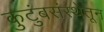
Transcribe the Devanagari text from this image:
कुटुंबसंस्थेतून